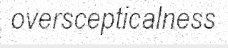
overscepticalness